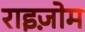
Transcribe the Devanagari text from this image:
राइज़ोम